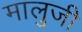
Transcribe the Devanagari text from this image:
मालुजी